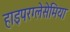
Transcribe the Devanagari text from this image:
हाइपरग्लेसेमिया